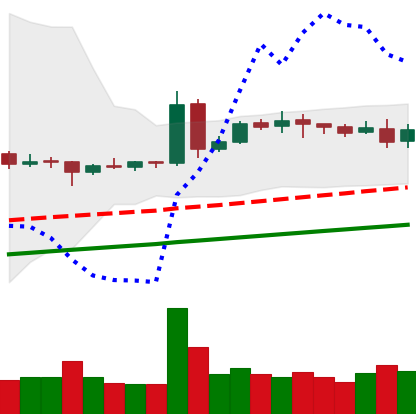
Ticker: DOGE-USD
Chart end date: 2020-08-12
Forward return: 3.071%
Label: up_3_5